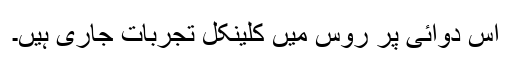
اس دوائی پر روس میں کلینکل تجربات جاری ہیں۔